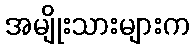
အမျိုးသားများက